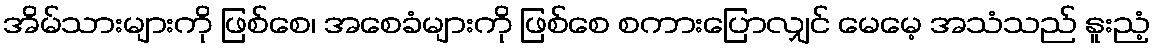
အိမ်သားများကို ဖြစ်စေ၊ အစေခံများကို ဖြစ်စေ စကားပြောလျှင် မေမေ့ အသံသည် နူးညံ့